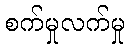
စက်မှုလက်မှု